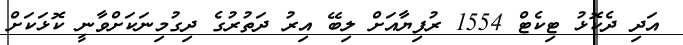
އަދި ދެކޮޅު ޓިކެޓް 1554 ރުފިޔާއަށް ލިބޭ އިރު ދަތުރުގެ ދިގުމިނަކަށްވާނީ ކޮޅަކަށް